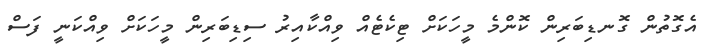
އެގޮތުން ގޮނޑިބަރިން ކޮންމެ މީހަކަށް ޓިކެޓެއް ވިއްކާއިރު ސިޑިބަރިން މީހަކަށް ވިއްކަނީ ފަސް